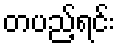
တပည့်ရင်း